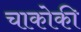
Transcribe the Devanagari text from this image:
चाकोकी